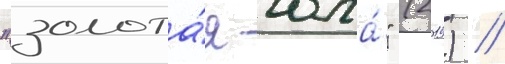
"золота́я юла́" (2019) /